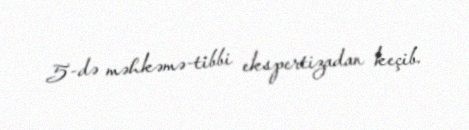
5-də məhkəmə-tibbi ekspertizadan keçib.